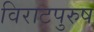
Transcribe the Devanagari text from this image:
विराटपुरुष